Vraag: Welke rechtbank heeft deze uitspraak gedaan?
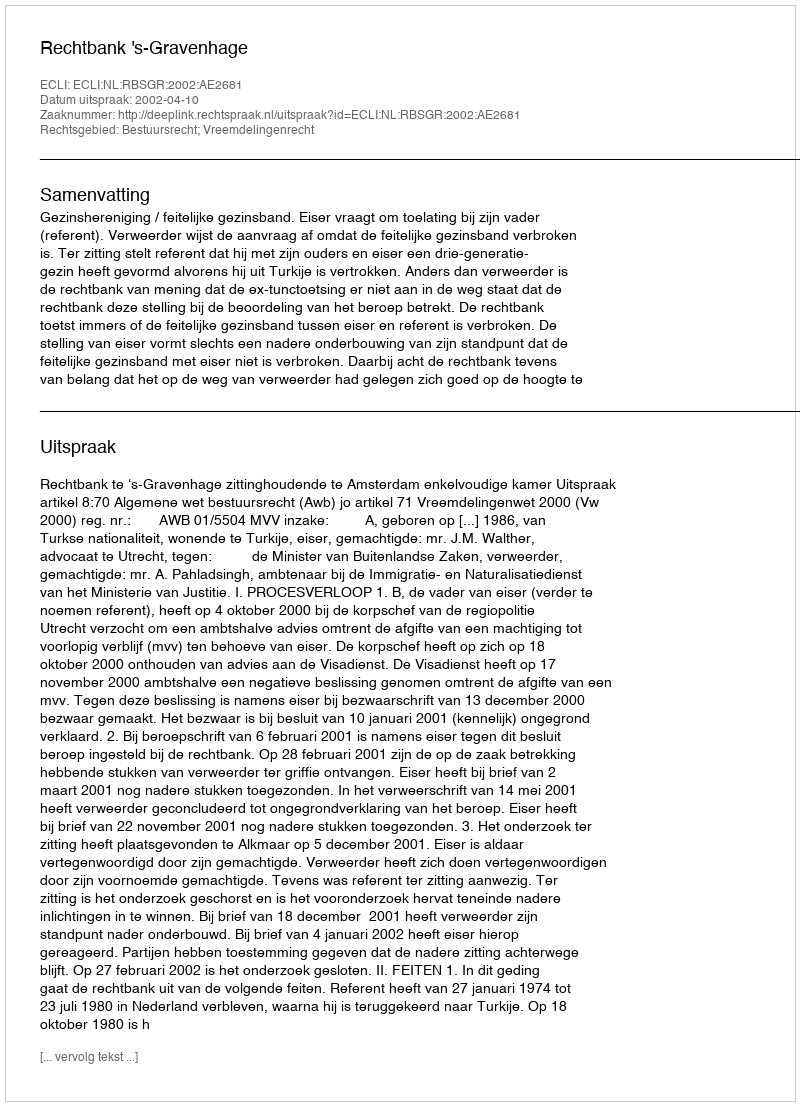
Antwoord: Rechtbank 's-Gravenhage